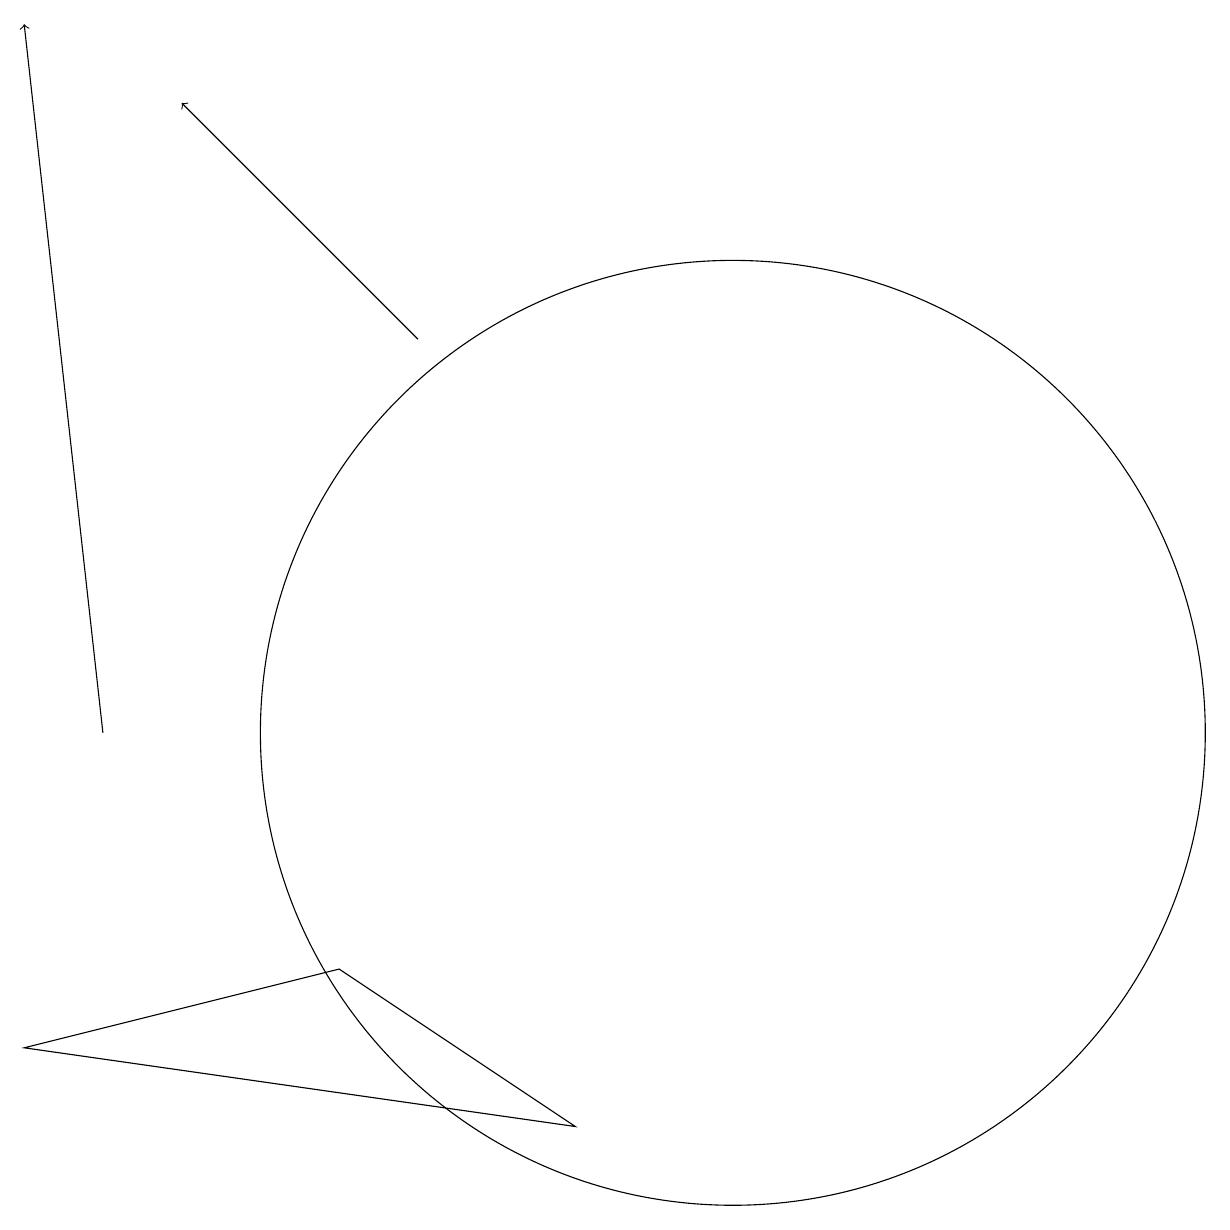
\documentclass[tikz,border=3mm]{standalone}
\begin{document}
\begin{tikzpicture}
\draw[->] (7,15) -- (4,18);
\draw[->] (3,10) -- (2,19);
\draw (11,10) circle (6);
\draw (6,7) -- (2,6) -- (9,5) -- cycle;
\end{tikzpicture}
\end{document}